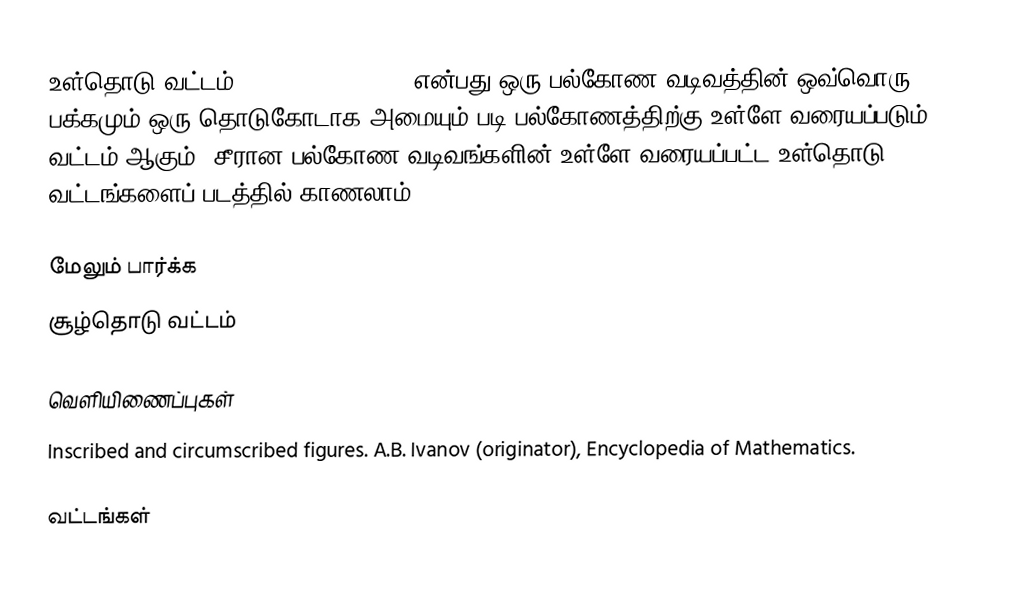
உள்தொடு வட்டம் (inscribed figure) என்பது ஒரு பல்கோண வடிவத்தின் ஒவ்வொரு பக்கமும் ஒரு தொடுகோடாக அமையும் படி பல்கோணத்திற்கு உள்ளே வரையப்படும் வட்டம் ஆகும். சீரான பல்கோண வடிவங்களின் உள்ளே வரையப்பட்ட உள்தொடு வட்டங்களைப் படத்தில் காணலாம்.

மேலும் பார்க்க
 சூழ்தொடு வட்டம்

வெளியிணைப்புகள்
Inscribed and circumscribed figures. A.B. Ivanov (originator), Encyclopedia of Mathematics.

வட்டங்கள்